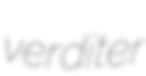
verditer